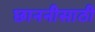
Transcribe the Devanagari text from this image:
छाननीसाठी